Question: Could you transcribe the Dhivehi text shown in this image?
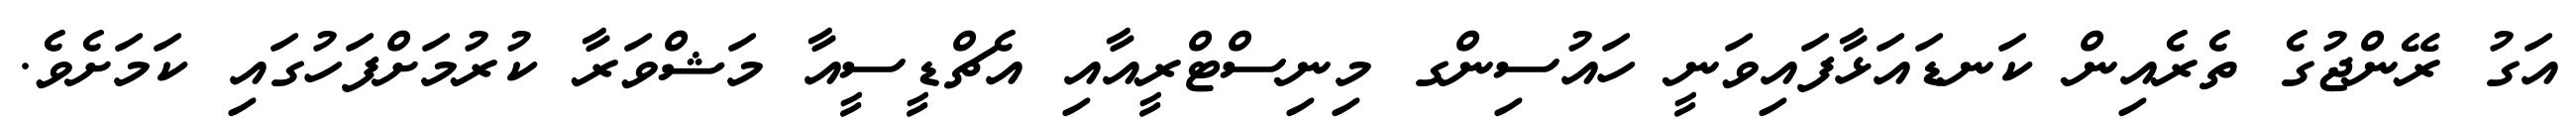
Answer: އަގު ރޭންޖުގެ ތެރެއިން ކަނޑައަޅާފައިވަނީ ހައުސިންގ މިނިސްޓްރީއާއި އެޗްޑީސީއާ މަޝްވަރާ ކުރުމަށްފަހުގައި ކަމަށެވެ.